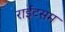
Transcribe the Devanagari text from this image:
राईटसम